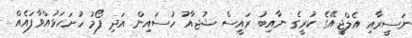
ނަސީރާއި އެލްޖީއޭގެ ކުރީގެ ނާއިބު ރައީސް ޝުޖާއު ހުސައިން އަދި ފޯމު ހުށަހަޅުއްވާފައެއް